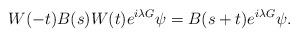
LaTeX: \begin{align*}W(-t)B(s)W(t)e^{i\lambda G}\psi = B(s+t)e^{i\lambda G}\psi.\end{align*}